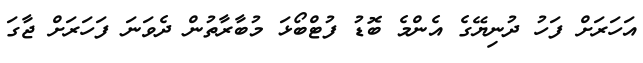
އަހަރަށް ފަހު ދުނިޔޭގެ އެންމެ ބޮޑު ފުޓްބޯޅަ މުބާރާތުން ދެވަނަ ފަހަރަށް ޖާގަ